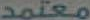
معتمد